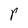
Character: r